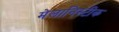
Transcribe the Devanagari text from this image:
मेलानिस्टीक